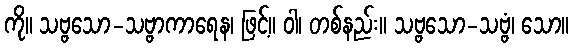
ကို။ သဗ္ဗသော-သဗ္ဗာကာရေန၊ ဖြင့်။ ဝါ၊ တစ်နည်း။ သဗ္ဗသော-သဗ္ဗံ၊ သော။